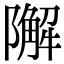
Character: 𨼬